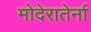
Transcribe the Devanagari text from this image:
मोदेरातेर्ना